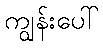
ကျွန်းပေါ်